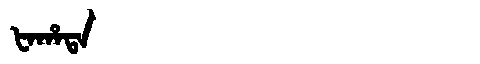
Manchu: ᡶᠠᡥᠠᡨᠠ
Romanization: FAHATA